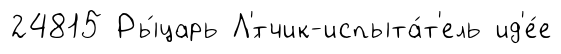
24815 Ры́царь Л'́тчик-испыта́т'ель ид'е́е